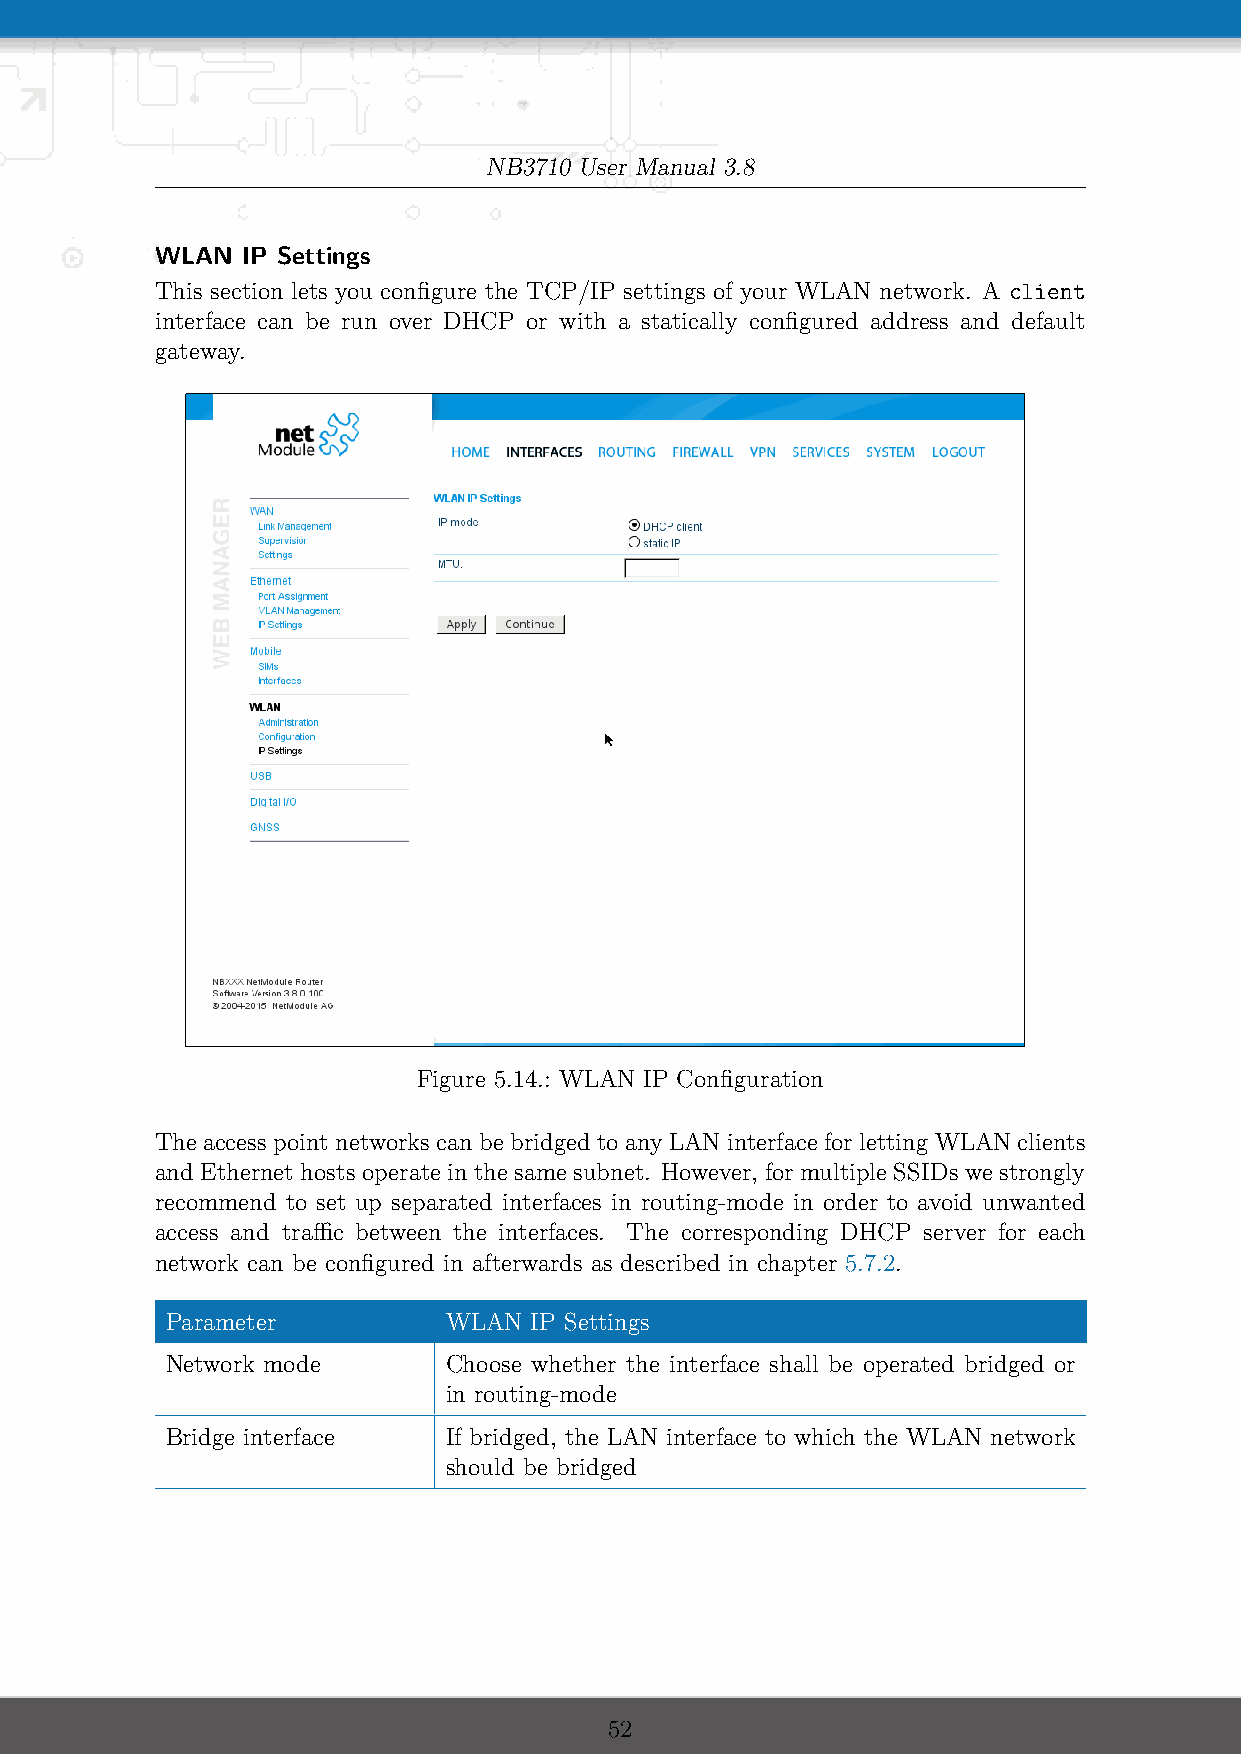
NB3710 User Manual 3.8
 WLAN  IP Settings
 This section lets you configure the TCP/IP settings of your WLAN network. A client
 interface can be run over DHCP or with a statically configured address and default
 gateway.
 Figure 5.14.: WLAN IP Configuration
 The access point networks can be bridged to any LAN interface for letting WLAN clients
 and Ethernet hosts operate in the same subnet. However, for multiple SSIDs we strongly
 recommend to set up separated interfaces in routing-mode in order to avoid unwanted
 access and traffic between the interfaces. The corresponding DHCP server for each
 network can be configured in afterwards as described in chapter 5.7.2.
 Parameter         WLAN  IP Settings
 Network mode      Choose whether the interface shall be operated bridged or
 in routing-mode
 Bridge interface  If bridged, the LAN interface to which the WLAN network
 should be bridged
 52